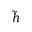
\tilde { h }